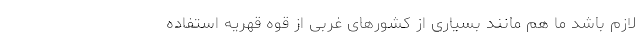
لازم باشد ما هم مانند بسیاری از کشورهای غربی از قوه قهریه استفاده